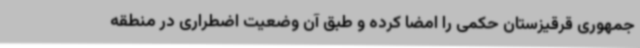
جمهوری قرقیزستان حکمی را امضا کرده و طبق آن وضعیت اضطراری در منطقه